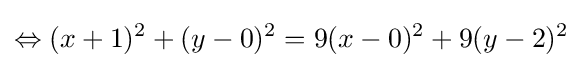
\Leftrightarrow (x+1)^{2}+(y-0)^{2}=9(x-0)^{2}+9(y-2)^{2}